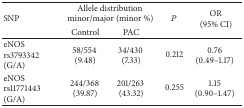
<table><thead><tr><td rowspan="2"><b>SNP</b></td><td colspan="2"><b>Allele distribution minor/major (minor %)</b></td><td rowspan="2"><b><i>P</i></b></td><td rowspan="2"><b>OR (95% CI)</b></td></tr><tr><td><b>Control</b></td><td><b>PAC</b></td></tr></thead><tbody><tr><td>eNOS rs3793342 (G/A)</td><td>58/554 (9.48) </td><td>34/430 (7.33) </td><td>0.212</td><td>0.76 (0.49–1.17)</td></tr><tr><td>eNOS rs11771443 (G/A)</td><td>244/368 (39.87)</td><td>201/263 (43.32)</td><td>0.255</td><td>1.15 (0.90–1.47)</td></tr></tbody></table>